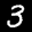
Label: 3